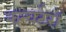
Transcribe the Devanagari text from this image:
कन्वर्टरों